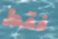
فقط